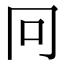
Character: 冋